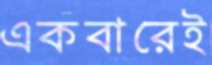
একবারেই